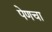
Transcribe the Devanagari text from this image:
पेणचा